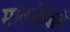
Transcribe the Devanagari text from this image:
मार्क्सविले